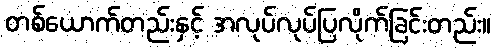
တစ်ယောက်တည်းနှင့် အလုပ်လုပ်ပြလိုက်ခြင်းတည်း။